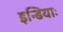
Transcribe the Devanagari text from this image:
इन्डियाः